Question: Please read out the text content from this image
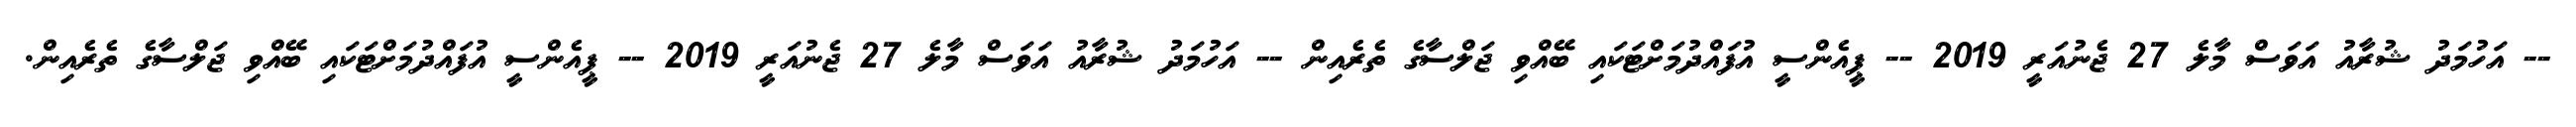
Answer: -- އަހުމަދު ޝުރާއު އަވަސް މާލެ 27 ޖެނުއަރީ 2019 -- ޕީއެންސީ އުފައްދުމަށްޓަކައި ބޭއްވި ޖަލްސާގެ ތެރެއިން -- އަހުމަދު ޝުރާއު އަވަސް މާލެ 27 ޖެނުއަރީ 2019 -- ޕީއެންސީ އުފައްދުމަށްޓަކައި ބޭއްވި ޖަލްސާގެ ތެރެއިން.